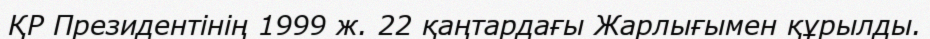
ҚР Президентінің 1999 ж. 22 қаңтардағы Жарлығымен құрылды.